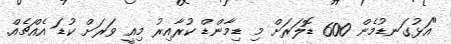
"އަޅުގަނޑުމެން 600 ޑޮލަރަށް މި ޑިމާންޑް ކުރާއިރު މިއީ ވަރަށް ކުޑަ އެއްޗެއް.